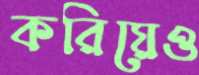
করিয়েও